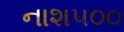
નાશ૫૦૦